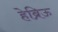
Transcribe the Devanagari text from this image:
हेब्रिऊ